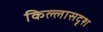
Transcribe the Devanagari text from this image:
किल्लासदृश